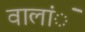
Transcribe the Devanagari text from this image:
वालांे